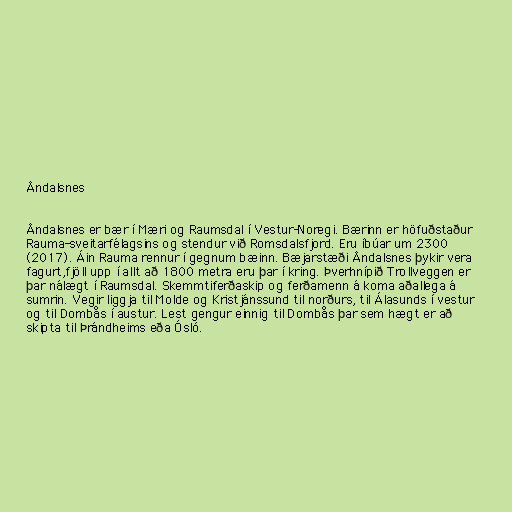
Åndalsnes

Åndalsnes er bær í Mæri og Raumsdal í Vestur-Noregi. Bærinn er höfuðstaður
Rauma-sveitarfélagsins og stendur við Romsdalsfjord. Eru íbúar um 2300
(2017). Áin Rauma rennur í gegnum bæinn. Bæjarstæði Åndalsnes þykir vera
fagurt,fjöll upp í allt að 1800 metra eru þar í kring. Þverhnípið Trollveggen er
þar nálægt í Raumsdal. Skemmtiferðaskip og ferðamenn á koma aðallega á
sumrin. Vegir liggja til Molde og Kristjánssund til norðurs, til Álasunds í vestur
og til Dombås í austur. Lest gengur einnig til Dombås þar sem hægt er að
skipta til Þrándheims eða Ósló.